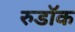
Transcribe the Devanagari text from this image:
रुडॉक